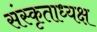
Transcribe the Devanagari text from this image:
संस्कृताध्यक्ष